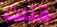
قتلت